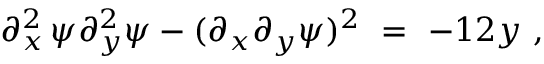
\partial _ { x } ^ { 2 } \, \psi \partial _ { y } ^ { 2 } \psi - ( \partial _ { x } \partial _ { y } \psi ) ^ { 2 } \ = \ - 1 2 y ~ ,